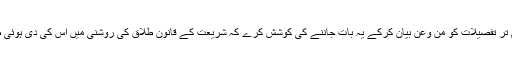
اور اپنے معاملے کی تمام تر تفصیلات کو من وعن بیان کرکے یہ بات جاننے کی کوشش کرے کہ شریعت کے قانون ِطلاق کی روشنی میں اُس کی دی ہوئی طلاق کی کیا حیثیت ہے ؟